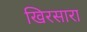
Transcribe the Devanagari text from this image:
खिरसारा